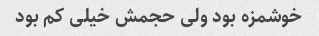
خوشمزه بود ولی حجمش خیلی کم بود